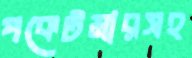
পকেটমারসহ